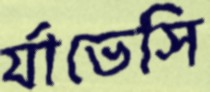
র‍্যাভেসি